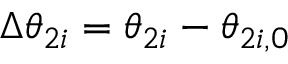
\Delta \theta _ { 2 i } = \theta _ { 2 i } - \theta _ { 2 i , 0 }